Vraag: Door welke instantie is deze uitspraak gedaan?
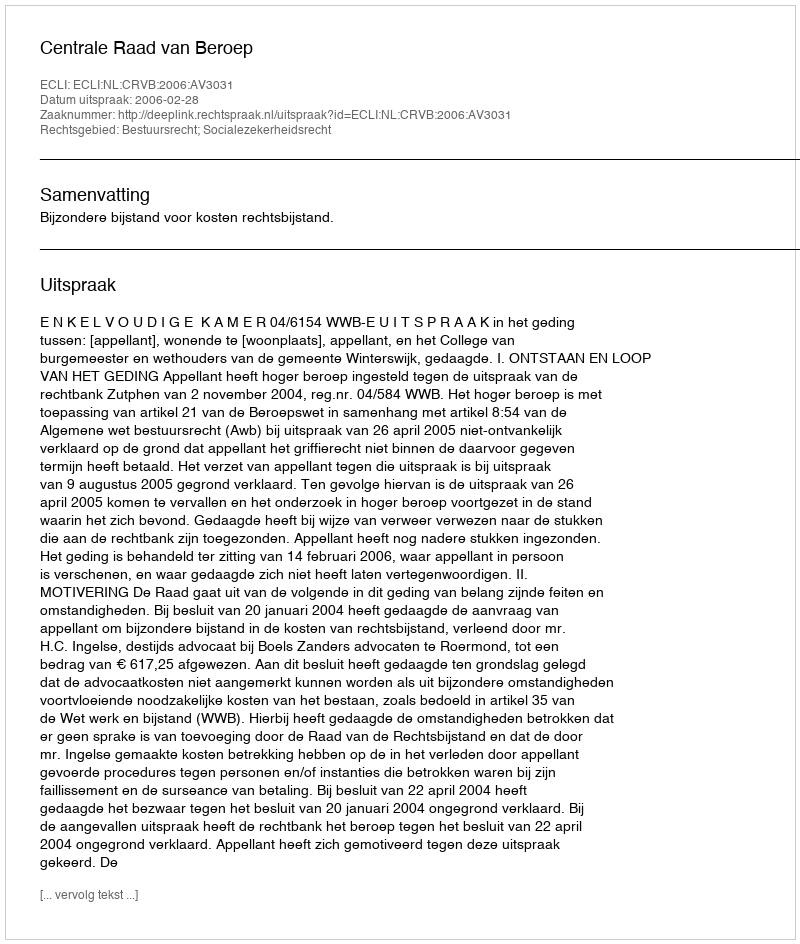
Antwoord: Centrale Raad van Beroep